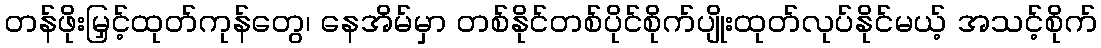
တန်ဖိုးမြှင့်ထုတ်ကုန်တွေ၊ နေအိမ်မှာ တစ်နိုင်တစ်ပိုင်စိုက်ပျိုးထုတ်လုပ်နိုင်မယ့် အသင့်စိုက်